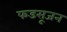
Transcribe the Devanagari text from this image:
फडसूजन